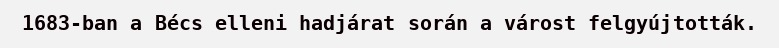
1683-ban a Bécs elleni hadjárat során a várost felgyújtották.